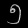
Digit: ၅